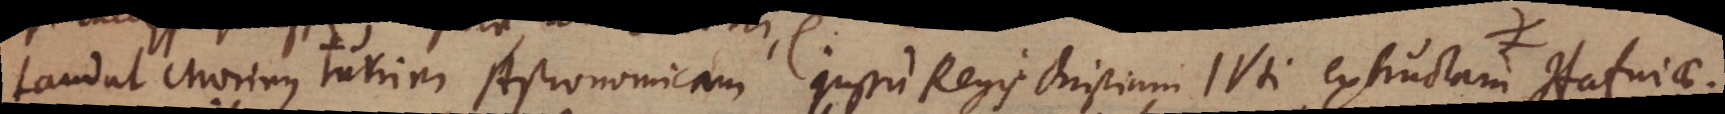
Laudat Morinus turrim Astronomicam jussu Regis Christiani IVti extructam Hafniae.